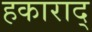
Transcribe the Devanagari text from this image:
हकाराद्